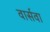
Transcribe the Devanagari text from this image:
वार्सवा